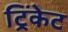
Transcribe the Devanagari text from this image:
ट्रिंकेट